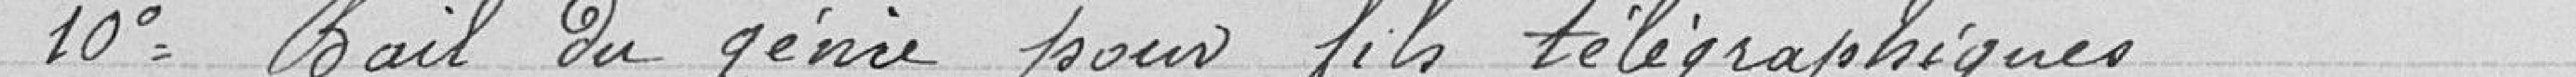
10° Bail du génie pour le télégraphique